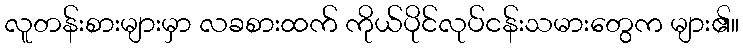
လူတန်းစားများမှာ လခစားထက် ကိုယ်ပိုင်လုပ်ငန်းသမားတွေက များ၏။